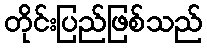
တိုင်းပြည်ဖြစ်သည်